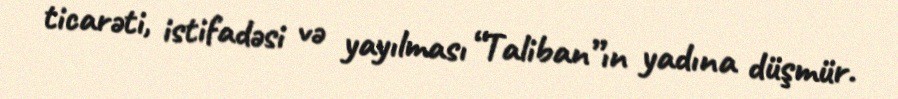
ticarəti, istifadəsi və yayılması “Taliban”ın yadına düşmür.